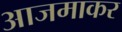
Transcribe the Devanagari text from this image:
आजमाकर